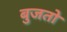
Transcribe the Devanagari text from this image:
बुजतो